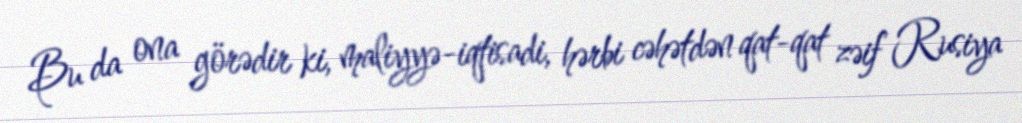
Bu da ona görədir ki, maliyyə-iqtisadi, hərbi cəhətdən qat-qat zəif Rusiya